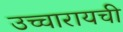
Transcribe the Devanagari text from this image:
उच्चारायची